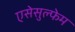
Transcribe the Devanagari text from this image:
एसेसुल्फेम